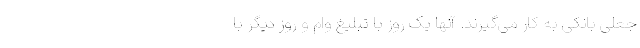
جعلی بانکی به کار می‌گیرند. آنها یک روز با تبلیغ وام و روز دیگر با